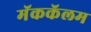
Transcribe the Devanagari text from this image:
मॅककॅलम